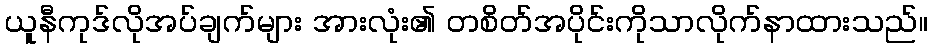
ယူနီကုဒ်လိုအပ်ချက်များ အားလုံး၏ တစိတ်အပိုင်းကိုသာလိုက်နာထားသည်။